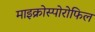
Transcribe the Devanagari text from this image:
माइक्रोस्पोरोफिल